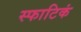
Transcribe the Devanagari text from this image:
स्फाटिकं